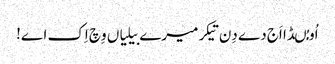
اُو مُںڈا اَج دے دِن تیکر میرے بیلیاں وِچ اِک اے!